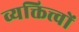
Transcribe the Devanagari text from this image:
व्यक्तित्त्वों